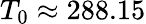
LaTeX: T_{0}\approx 288.15